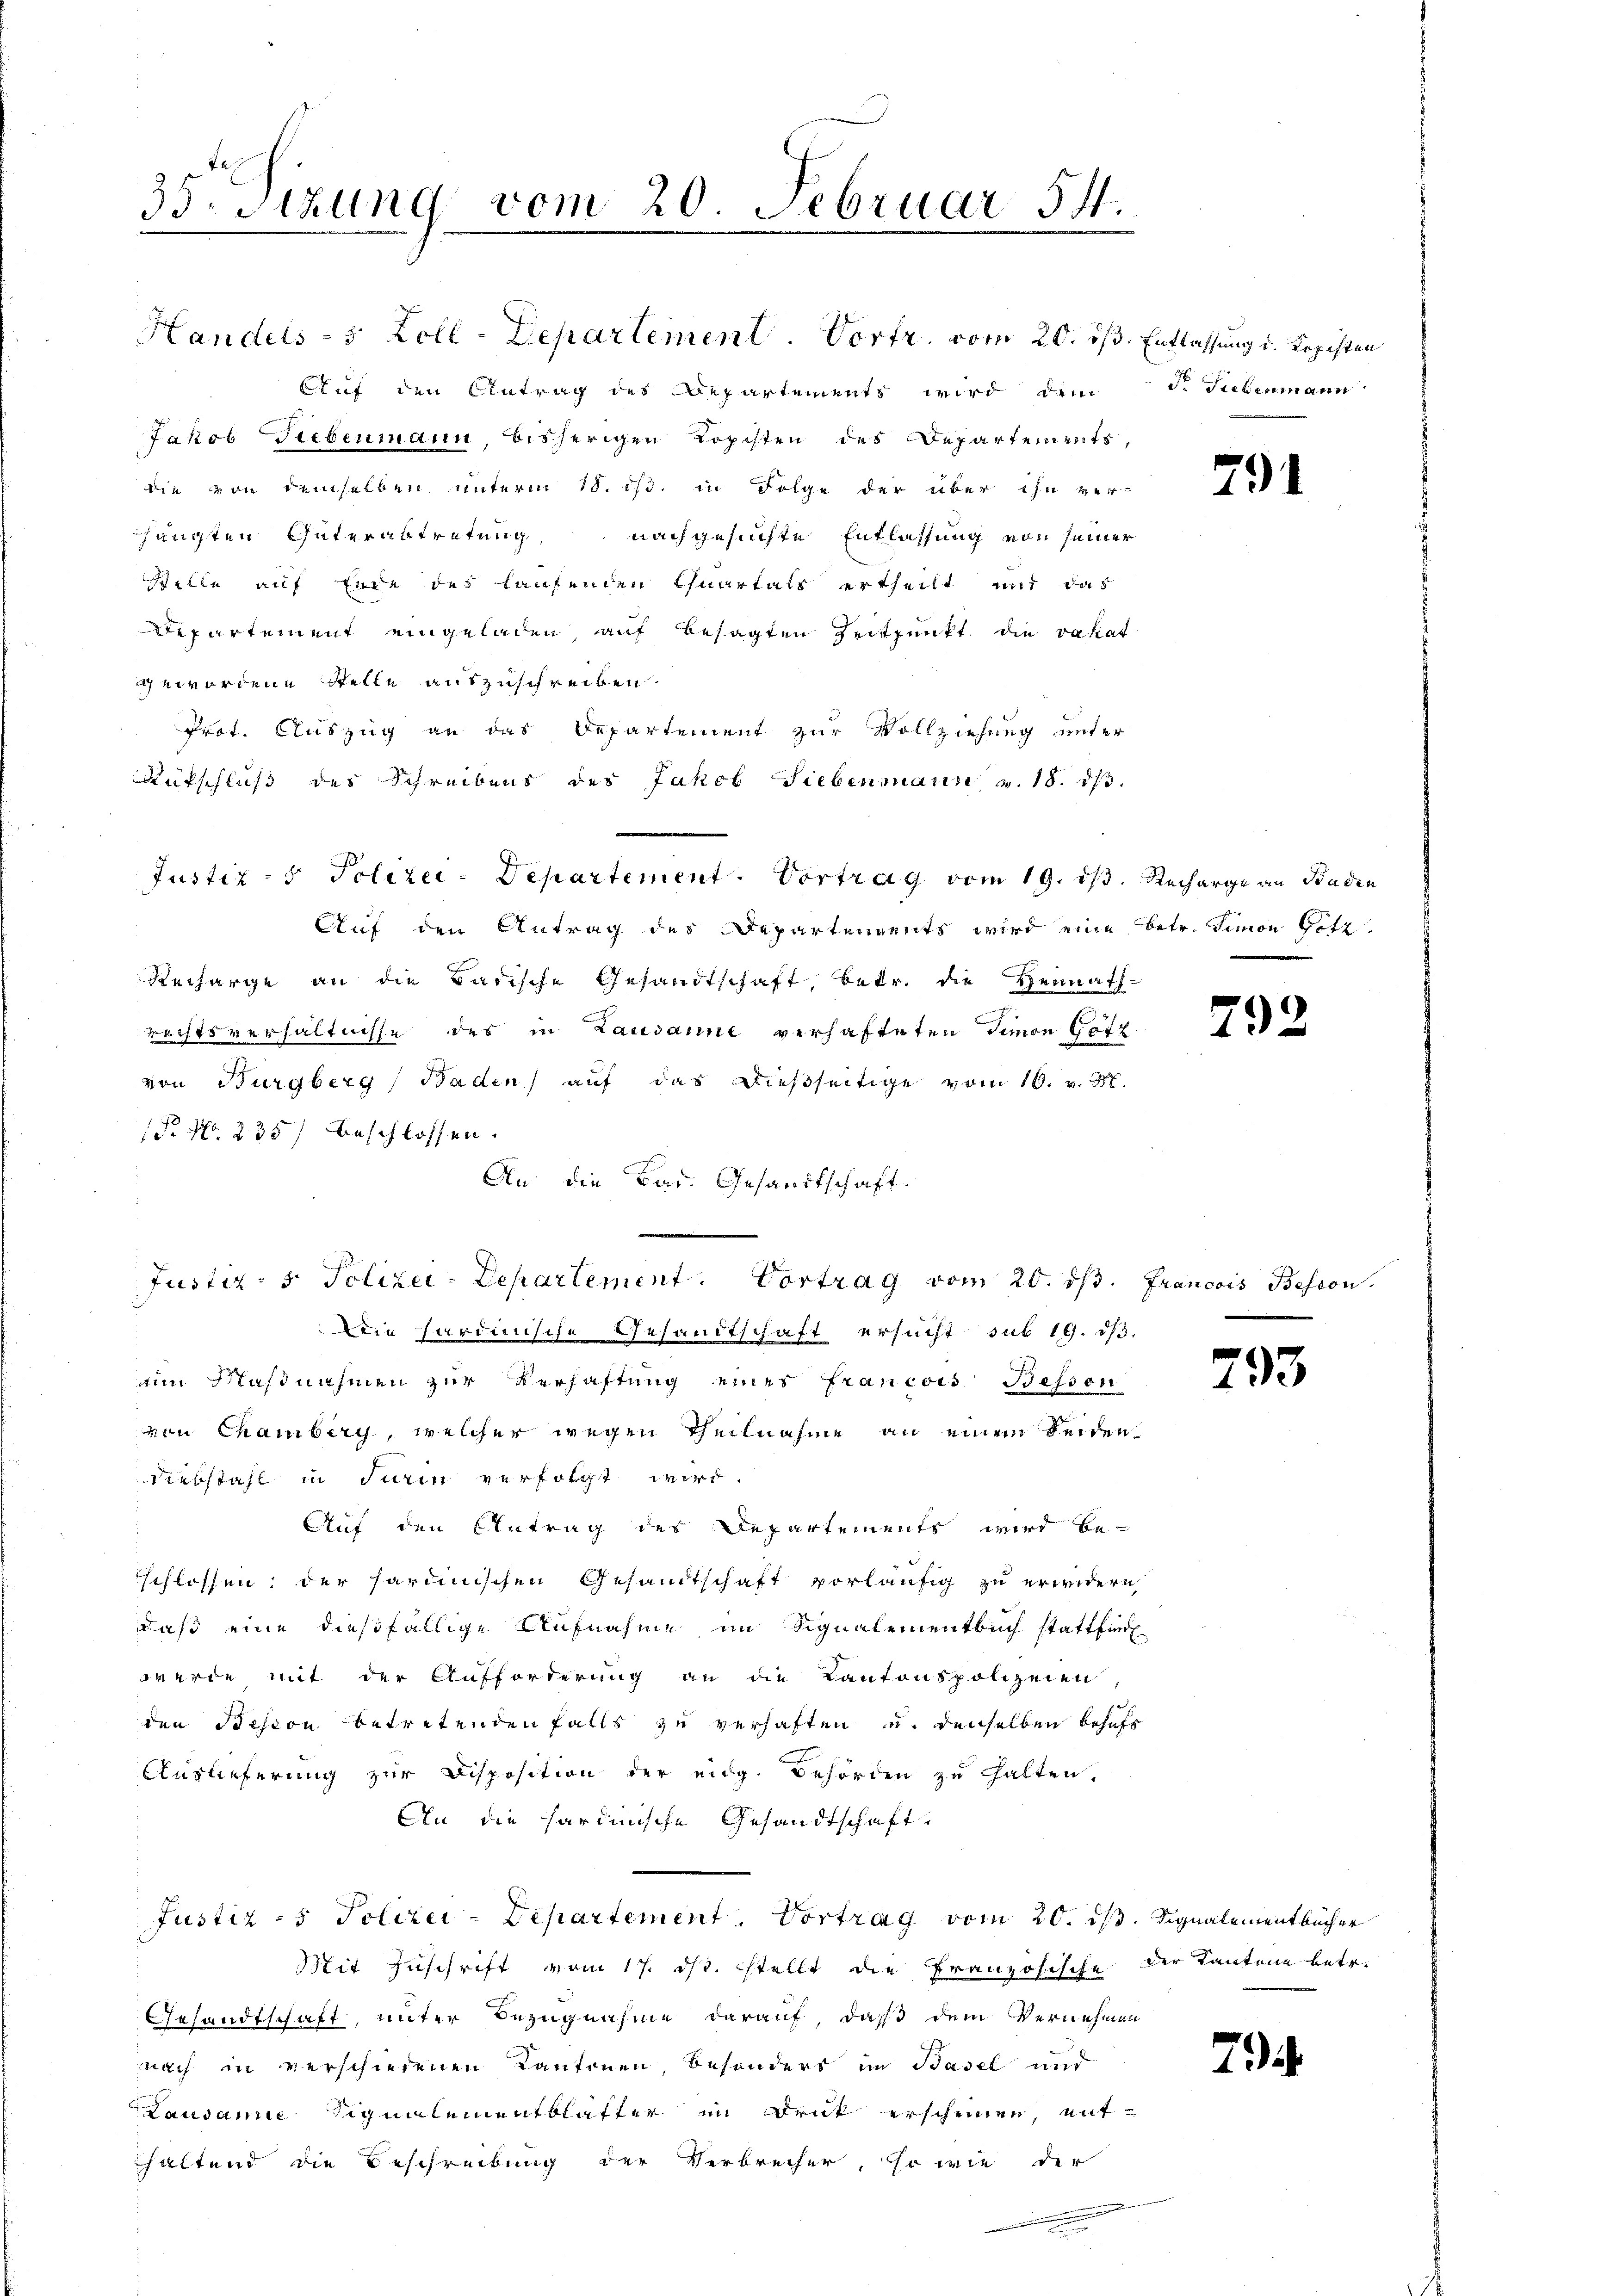
35. Sitzung vom 20. Februar 54.

Handels- 3 Zoll-Departement. Vorfr. vom 20. ist. Entlassung u. Kopisten
Auf den Antrag des Departements wird dem
Jakob Giebenmann, bisherigen Kopisten des Departements,
die von demselben unterm 18. 1/3. in Folge der über ihn ver-
hängten Güterabtretung, nachgesuchte Entlassung von seiner
Stelle auf Ende des laufenden Quartals ertheilt mit das
Departement eingeladen, auf besagten Zeitpunkt die vakat
gewordene Stelle auszuschreiben.
Prot. Auszug an das Departement zur Vollziehung unter
Rütschluß des Schreibens des Jakob Siebenmann v. 18. dβ.
Justiz- & Polizei-Departement. Vortrag vom 19. ist. Recharge an Baden
Auf den Antrag des Departenrents wird eine betr. Simon Gotz
Recharge an die Badische Gesandtschaft, betr. die Heimath-
rechtsverhältnisse des in Lausanne verhafteten Simon Götz
von Burgberg, Baden) auf das dießseitige vom 10. v. M.
1. No. 235) beschlossen.
An die Bar. Gesandtschaft.
Die hardinische Gesandtschaft ersucht sub 19. ds.
ain Maßnahmen zur Verhaftung eines Francois Bessen
von Chamberg, welcher wegen Theilnahme an einem Seidendiebstahl in Turin verfolgt wird.
Auf den Antrag des Departements wird be-
schlossen; der sardinischen Gesandtschaft vorläufig zu erwidern,
daß eine dießfällige Aufnahme im Signalementbuch stattfindl
werde mit der Aufforderung an die Kantonspolizeien,
den Besion betretenden falls zu verhaften u. denselben behufs
Auslieferung zur Disposition der eidg. Behörden zu halten,
An die hardinische Gesandtschaft
Justiz- & Polizei-Departement. Vortrag vom 20. ds. Signalementbücher
Mit Zuschrift vom 17. ds. stellt die Französische der Kantone betr.
Gesandtschaft, unter Bezugnahme darauf, daß dem Vernehmen
nach in verschiedenen Kantonen, besonders im Basel und
Lausame Signalementblatter im Druck erscheinen, mithaltend die Beschreibung der Verbrecher, so wie der
.

Justiz- & Polizei-Departement. Vortrag vom 20. ds. Francois Besion.

de Liebenmann

791

792

793

7